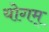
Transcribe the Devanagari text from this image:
योगम्